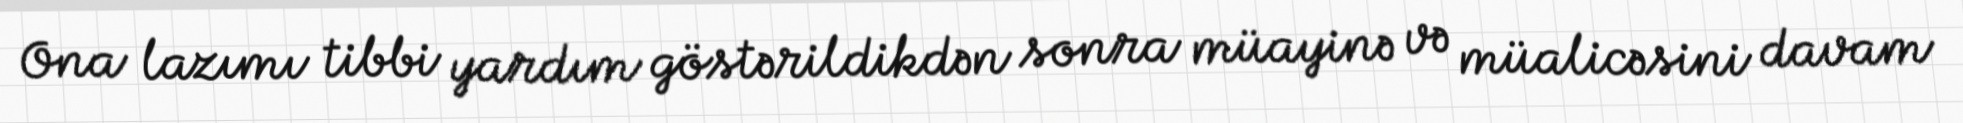
Ona lazımı tibbi yardım göstərildikdən sonra müayinə və müalicəsini davam